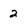
Character: 2